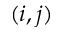
( i , j )